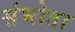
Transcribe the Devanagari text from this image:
संभोता